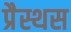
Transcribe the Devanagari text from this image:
प्रैस्थस